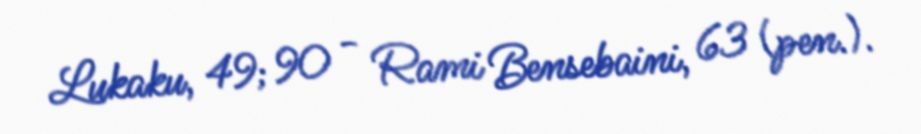
Lukaku, 49; 90 - Rami Bensebaini, 63 (pen.).